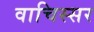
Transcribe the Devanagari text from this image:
वाचिस्सर